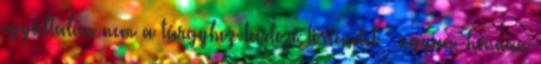
egyáltalán nem a tárgyhoz tartozó történetet – ugyan, honnan